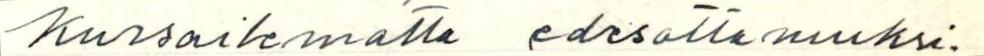
kursailematta edesottamuksi-